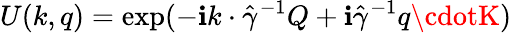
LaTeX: U(k,q)=\exp(-\mathbf{i}k\cdot\hat{{\gamma}}^{-1}Q+\mathbf{i}\hat{{\gamma}}^{-1}q\cdotK)